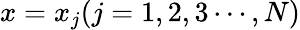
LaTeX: x=x_{j}(j=1,2,3\cdots,N)